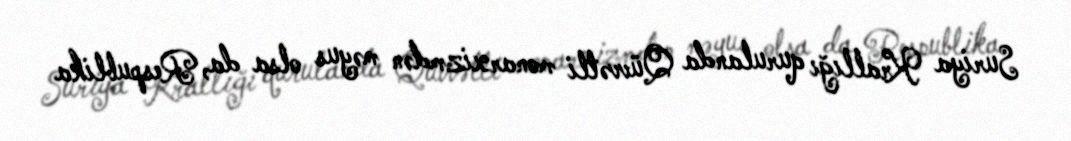
Suriya Krallığı qurulanda Qüvvətli monarxizmdən məyus olsa da, Respublika